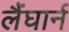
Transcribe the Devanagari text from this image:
लैंघार्न